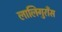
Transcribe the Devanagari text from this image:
लालिगुराँस